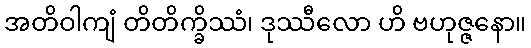
အတိဝါကျံ တိတိက္ခိဿံ၊ ဒုဿီလော ဟိ ဗဟုဇ္ဇနော။